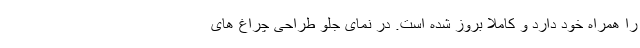
را همراه خود دارد و کاملا بروز شده است. در نمای جلو طراحی چراغ های